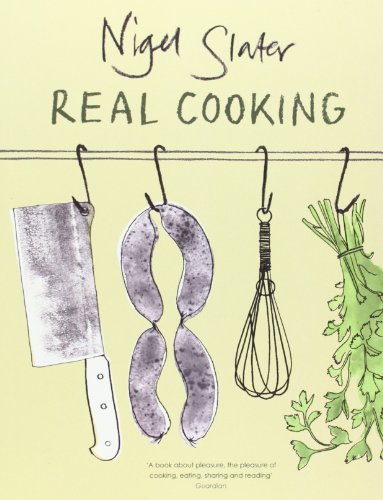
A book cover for Real Cooking; Nigel Slater; Cookbooks, Food & Wine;